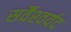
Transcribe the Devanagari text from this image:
सर्वैश्‍वर्यद